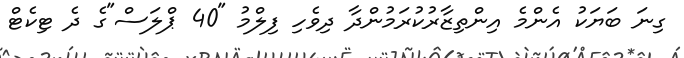
ގިނަ ބަޔަކު އެންމެ އިންތިޒާރުކުރަމުންދާ ދިވެހި ފިލްމު "40 ޕްލަސް"ގެ ދެ ޓިކެޓް